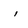
Character: i